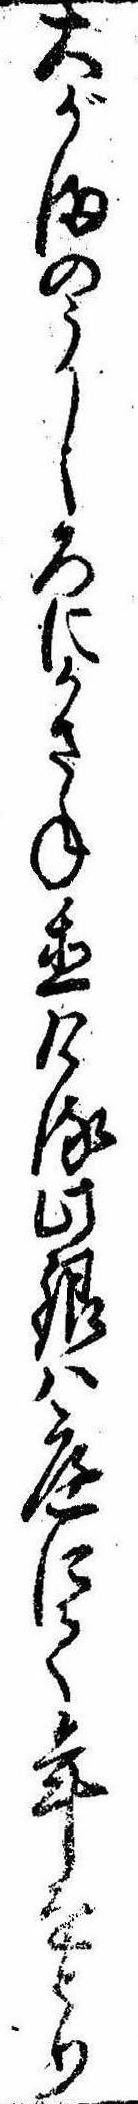
大がまのうしろにかさね置ける此銀は庭にて年をとり